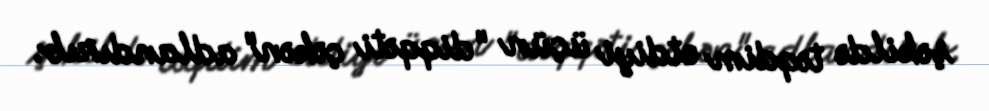
şəkildə təqdim etdiyi üçün "diqqəti çəkən" adlandırıb.